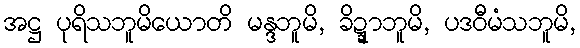
အဋ္ဌ ပုရိသဘူမိယောတိ မန္ဒဘူမိ, ခိဍ္ဍာဘူမိ, ပဒဝီမံသဘူမိ,